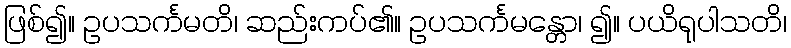
ဖြစ်၍။ ဥပသင်္ကမတိ၊ ဆည်းကပ်၏။ ဥပသင်္ကမန္တော၊ ၍။ ပယိရုပါသတိ၊